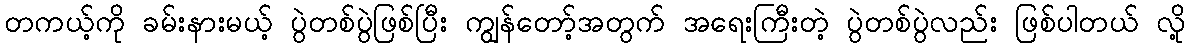
တကယ့်ကို ခမ်းနားမယ့် ပွဲတစ်ပွဲဖြစ်ပြီး ကျွန်တော့်အတွက် အရေးကြီးတဲ့ ပွဲတစ်ပွဲလည်း ဖြစ်ပါတယ် လို့